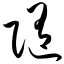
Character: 随